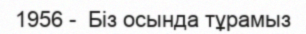
1956 -  Біз осында тұрамыз